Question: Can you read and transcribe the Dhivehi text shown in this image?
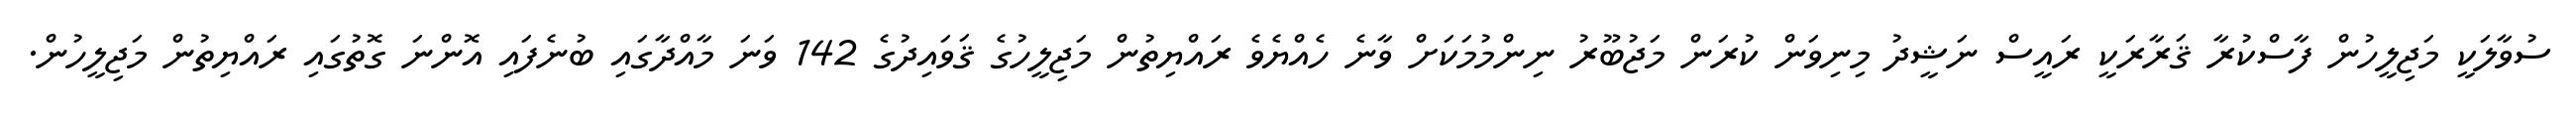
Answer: ސުވާލަކީ މަޖިލީހުން ފާސްކުރާ ޤަރާރަކީ ރައީސް ނަޝީދު މިނިވަން ކުރަން މަޖުބޫރު ނިންމުމަކަށް ވާނެ ހެއްޔެވެ ރައްޔިތުން މަޖިލީހުގެ ޤަވައިދުގެ 142 ވަނަ މާއްދާގައި ބުނެފައި އޮންނަ ގޮތުގައި ރައްޔިތުން މަޖިލީހުން.